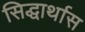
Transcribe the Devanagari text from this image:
सिद्धार्थास